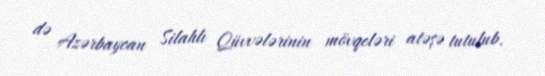
də Azərbaycan Silahlı Qüvvələrinin mövqeləri atəşə tutulub.